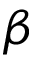
\beta